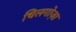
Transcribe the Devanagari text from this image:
चिलगोज़ा